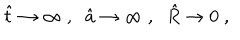
\hat { t } \to \infty \; , \; \; \hat { a } \to \infty \; , \; \; \hat { R } \to 0 \; ,